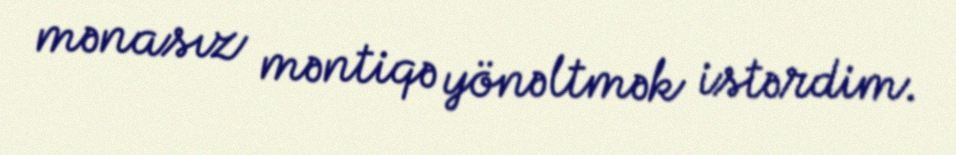
mənasız məntiqə yönəltmək istərdim.